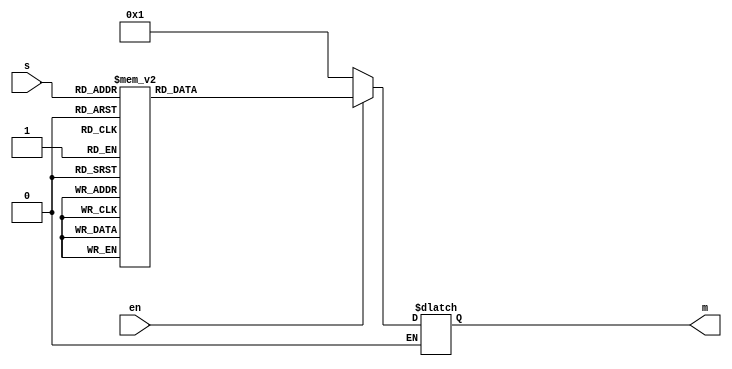
//decoder
module lab3_decoder(s,m, en); 
	output reg [31:0]m; 
	input [4:0]s; 
	input en;
	
	always @(s or en)   
	begin 
		if (en == 1'b1) 
		case (s) 
			5'b00000: m = 1;
			5'b00001: m = 2;
			5'b00010: m = 4;
			5'b00011: m = 8;
			5'b00100: m = 16;
			5'b00101: m = 32;
			5'b00110: m = 64;
			5'b00111: m = 128;
			5'b01000: m = 256;
			5'b01001: m = 512;
			5'b01010: m = 1024;
			5'b01011: m = 2048;
			5'b01100: m = 4096;
			5'b01101: m = 8192;
			5'b01110: m = 16384;
			5'b01111: m = 32768;
			5'b10000: m = 65536;
			5'b10001: m = 131072;
			5'b10010: m = 262144;
			5'b10011: m = 524288;
			5'b10100: m = 1048576;
			5'b10101: m = 2097152;
			5'b10110: m = 4194304;
			5'b10111: m = 8388608;
			5'b11000: m = 16777216;
			5'b11001: m = 33554432;
			5'b11010: m = 67108864;
			5'b11011: m = 134217728;
			5'b11100: m = 268435456;
			5'b11101: m = 536870912;
			5'b11110: m = 1073741824;
			5'b11111: m = 2147483648;
			default: m = 1'bx; 
		endcase 
		if (en == 0) m = 1'b1; 
	end 
endmodule